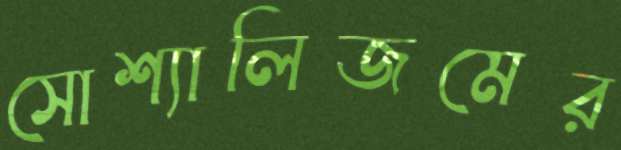
সোশ্যালিজমের